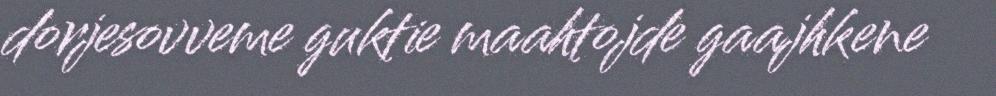
dorjesovveme guktie maahtojde gaajhkene